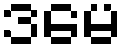
ဒမေ